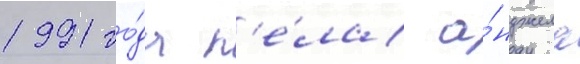
1991 го́да п'е́ла а́нджела